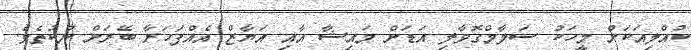
ކުއްލިއަކަށް މީހަކު ސަލާމްގޮވާލި އަޑަށް މައިޝާ އާއި އަޔާޒް އެއްފަހަރާ ބޭރަށް ނުކުތެވެ.